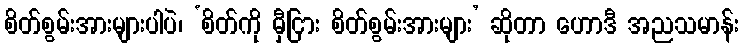
စိတ်စွမ်းအားများပါပဲ၊ ‘စိတ်ကို မှီငြား စိတ်စွမ်းအားများ’ ဆိုတာ ဟောဒီ အညသမာန်း